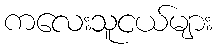
ကလေးသူငယ်များ